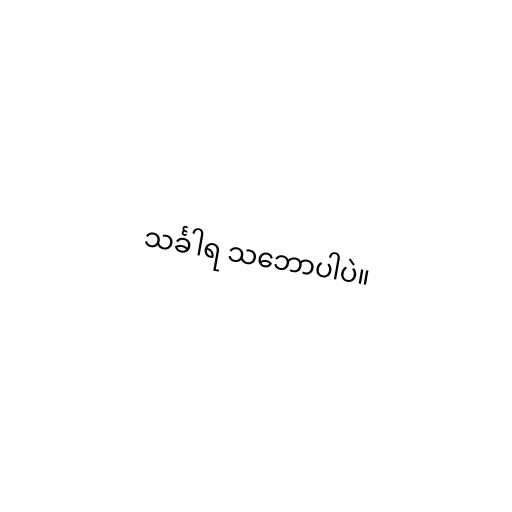
သင်္ခါရ သ‌ဘောပါပဲ။